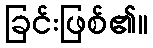
ခြင်းဖြစ်၏။